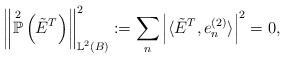
LaTeX: \begin{align*}\left\Vert \overset{2}{\mathbb{P}}\left( \tilde{E}^{T} \right) \right\Vert^{2}_{\mathbb{L}^{2}(B)} := \sum_{n} \left\vert \langle \tilde{E}^{T}, e^{(2)}_{n} \rangle \right\vert^{2} = 0,\end{align*}